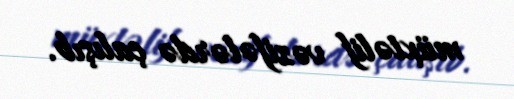
müxtəlif vəzifələrdə çalışıb.